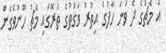
އެ މެޗުގެ ދެ ވަނަ ހާފުގެ އިތުރު ވަގުތުގެ ތެރޭގައި މެޗު ހޫނުވެގެން